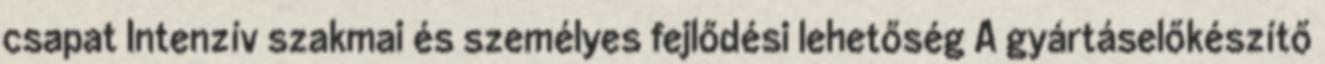
csapat Intenzív szakmai és személyes fejlődési lehetőség A gyártáselőkészítő